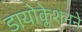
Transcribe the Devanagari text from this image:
डायोक्लेशनने